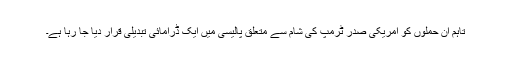
تاہم ان حملوں کو امریکی صدر ٹرمپ کی شام سے متعلق پالیسی میں ایک ڈرامائی تبدیلی قرار دیا جا رہا ہے۔